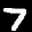
Label: 7